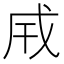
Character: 𢦡